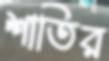
শাতির